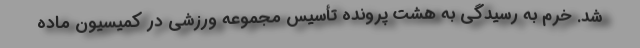
شد. خرم به رسیدگی به هشت پرونده تأسیس مجموعه ورزشی در کمیسیون ماده